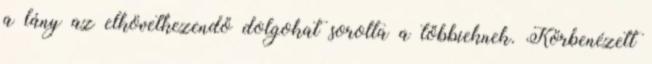
a lány az elkövetkezendő dolgokat sorolta a többieknek. Körbenézett